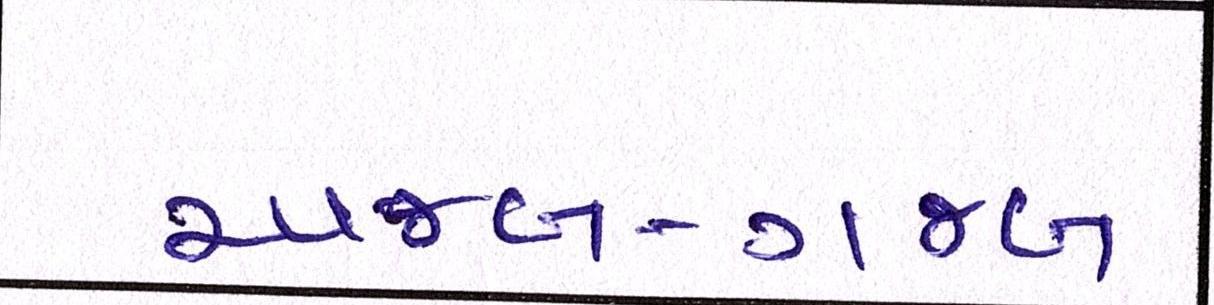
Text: અજબ-ગજબ